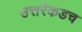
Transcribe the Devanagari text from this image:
उत्तरेकडच